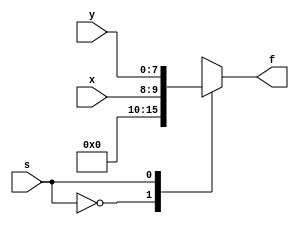
module demux_2x1_nbit
#(parameter N = 2)(
    input [N-1:0] x, 
    input [7:0] y,
    input s,
    output reg [7:0] f
    );
    
    //if op_sel[1]==0, select add_sub and concatenate to make result 8 bits
    //if op_sel[1]==1, select multiplier
    always@(*)
        begin
        case(s)
        0:f={{4{0}},x};
        1:f=y;
        endcase
    end
    
endmodule